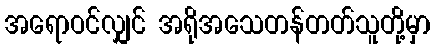
အရောဝင်လျှင် အရိုအသေတန်တတ်သူတို့မှာ